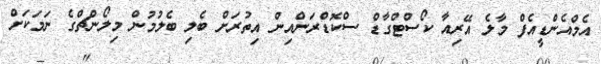
އެމްއެންޑީއެފް މާލެ އޭރިއާ ކޯސްޓްގާޑް ސްކޮޑްރަންއިން އިތުރަށް ބެލި ބެލުމުން މިލޯންޗްގެ ނަމަކަށް